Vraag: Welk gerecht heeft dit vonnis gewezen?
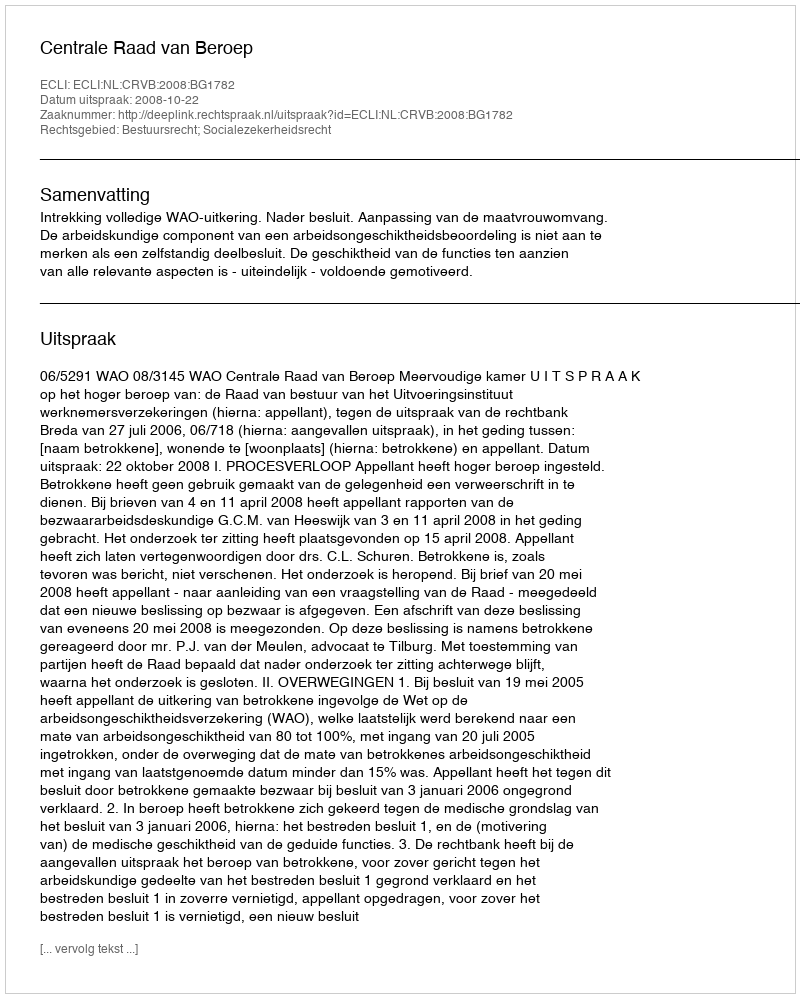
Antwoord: Centrale Raad van Beroep